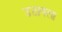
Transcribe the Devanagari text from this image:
उठायला